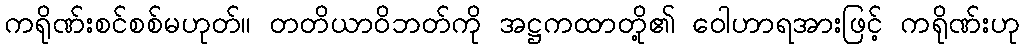
ကရိုဏ်းစင်စစ်မဟုတ်။ တတိယာဝိဘတ်ကို အဋ္ဌကထာတို့၏ ဝေါဟာရအားဖြင့် ကရိုဏ်းဟု